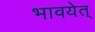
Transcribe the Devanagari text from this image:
भावयेत्‌